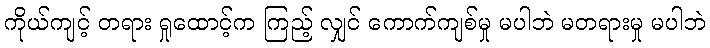
ကိုယ်ကျင့် တရား ရှုထောင့်က ကြည့် လျှင် ကောက်ကျစ်မှု မပါဘဲ မတရားမှု မပါဘဲ